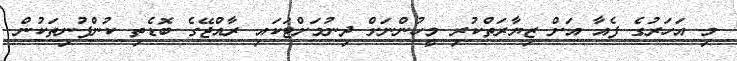
މި އަހަރުގެ ފެއާ އަށް ޒިޔާރަތްކުރި މީހުންނަށް ދިނުމަށްޓަކައި ރާއްޖޭގެ ބޮޑެތި ކުންފުނިތަކުން